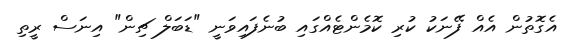
އެގޮތުން އެއް ފޭނަކު ކުރި ކޮމެންޓެއްގައި ބުނެފައިވަނީ "ޑަބަލް ޗިން" އިނަސް ރީތި